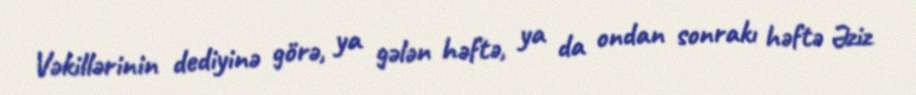
Vəkillərinin dediyinə görə, ya gələn həftə, ya da ondan sonrakı həftə Əziz